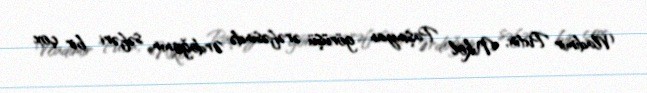
Vladimir Putin, Nikol Paşinyan görüşü ərəfəsində Ərdoğanın səfəri bir çox